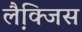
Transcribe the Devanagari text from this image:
लैक्जि़स